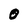
Character: O